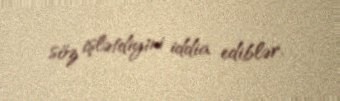
söz işlətdiyini iddia ediblər.